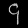
Digit: ၄